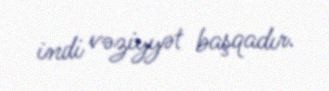
indi vəziyyət başqadır.